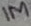
Text: 1M